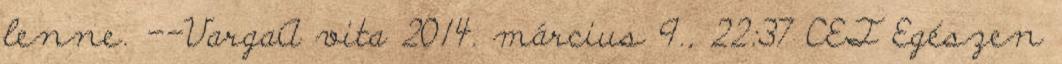
lenne. --VargaA vita 2014. március 9., 22:37 CET Egészen